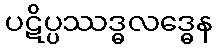
ပဋိပ္ပဿဒ္ဓလဒ္ဓေန